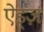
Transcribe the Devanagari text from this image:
ऐड्ज़